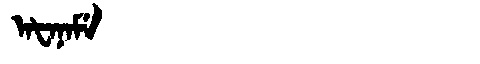
Manchu: ᠠᡶᠠᠨᠠᠮᡝ
Romanization: AFANAME